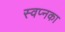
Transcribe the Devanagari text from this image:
स्वप्नका